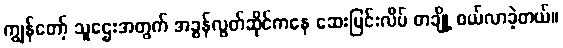
ကျွန်တော့် သူဌေးအတွက် အခွန်လွတ်ဆိုင်ကနေ ဆေးပြင်းလိပ် တချို့ ဝယ်လာခဲ့တယ်။